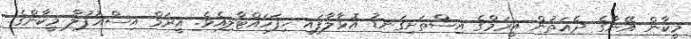
މީކާން އޭނާގެ ދެއަތުން އީރަމްގެ އިސްތަށިގަނޑު އޮޅާލާފައި ހިފަހައްޓާލިއެވެ. އީރަމް އިސްއުފުލާ މީކާންގެ